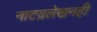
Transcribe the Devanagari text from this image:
नाटय़लेखनही